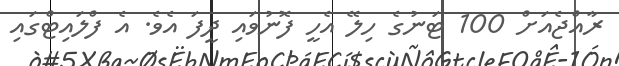
ރާއްޖެއަށް 100 ޓަނުގެ ހިލޭ އެހީ ފޮނުވައި ދީފަ އެވެ. އެ ފްލައިޓްގައި